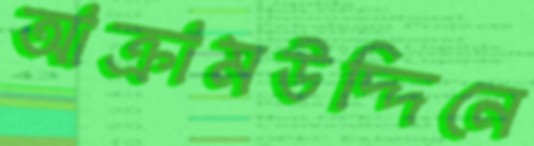
আক্রামউদ্দিনে